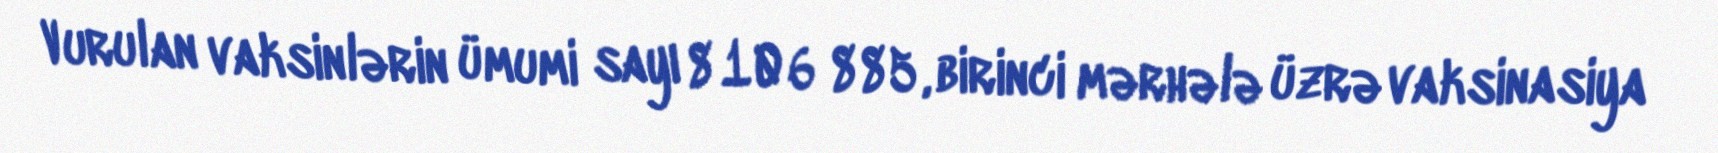
Vurulan vaksinlərin ümumi sayı 8 106 885, birinci mərhələ üzrə vaksinasiya